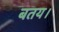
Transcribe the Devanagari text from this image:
बतय।